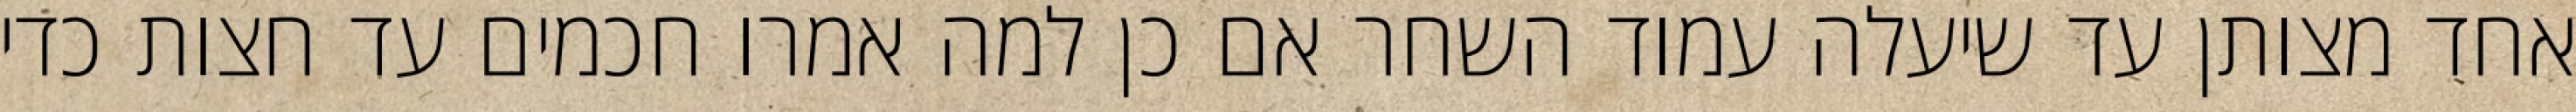
אחד מצותן עד שיעלה עמוד השחר אם כן למה אמרו חכמים עד חצות כדי